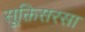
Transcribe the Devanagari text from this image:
सूक्तिसरसा